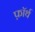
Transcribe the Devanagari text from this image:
फ़ाॅर्थ